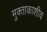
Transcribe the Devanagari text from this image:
मुक्ताकाशीय